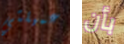
عميلتي بأن